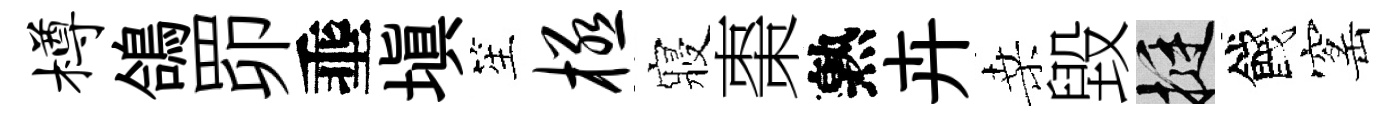
樽鴿𦊑埀塡笙极寢棗熟卉桑毀挺餞窰